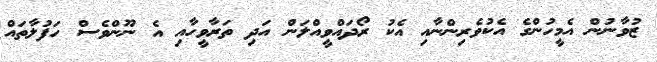
ޒުވާނުން އެމީހުންގެ އެކުވެރިންނާއި އެކު ރޯދައްވީއްލަން އަދި ތަރާވީހާއި އެ ނޫންވެސް ހަފުލާތައް